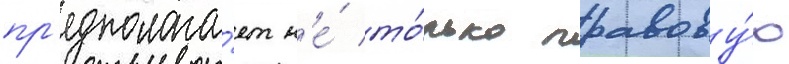
пр'едполага́ет н'е́ то́лько правову́ю